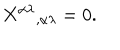
{ X ^ { \alpha \lambda } { } _ { , \alpha \lambda } = 0 } .